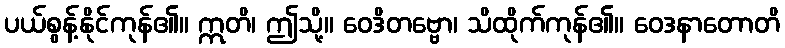
ပယ်စွန့်နိုင်ကုန်၏။ ဣတိ၊ ဤသို့။ ဝေဒိတဗ္ဗော၊ သိထိုက်ကုန်၏။ ဝေဒနာတောတိ